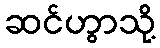
ဆင်ဟွာသို့